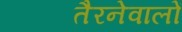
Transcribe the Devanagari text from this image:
तैरनेवालों